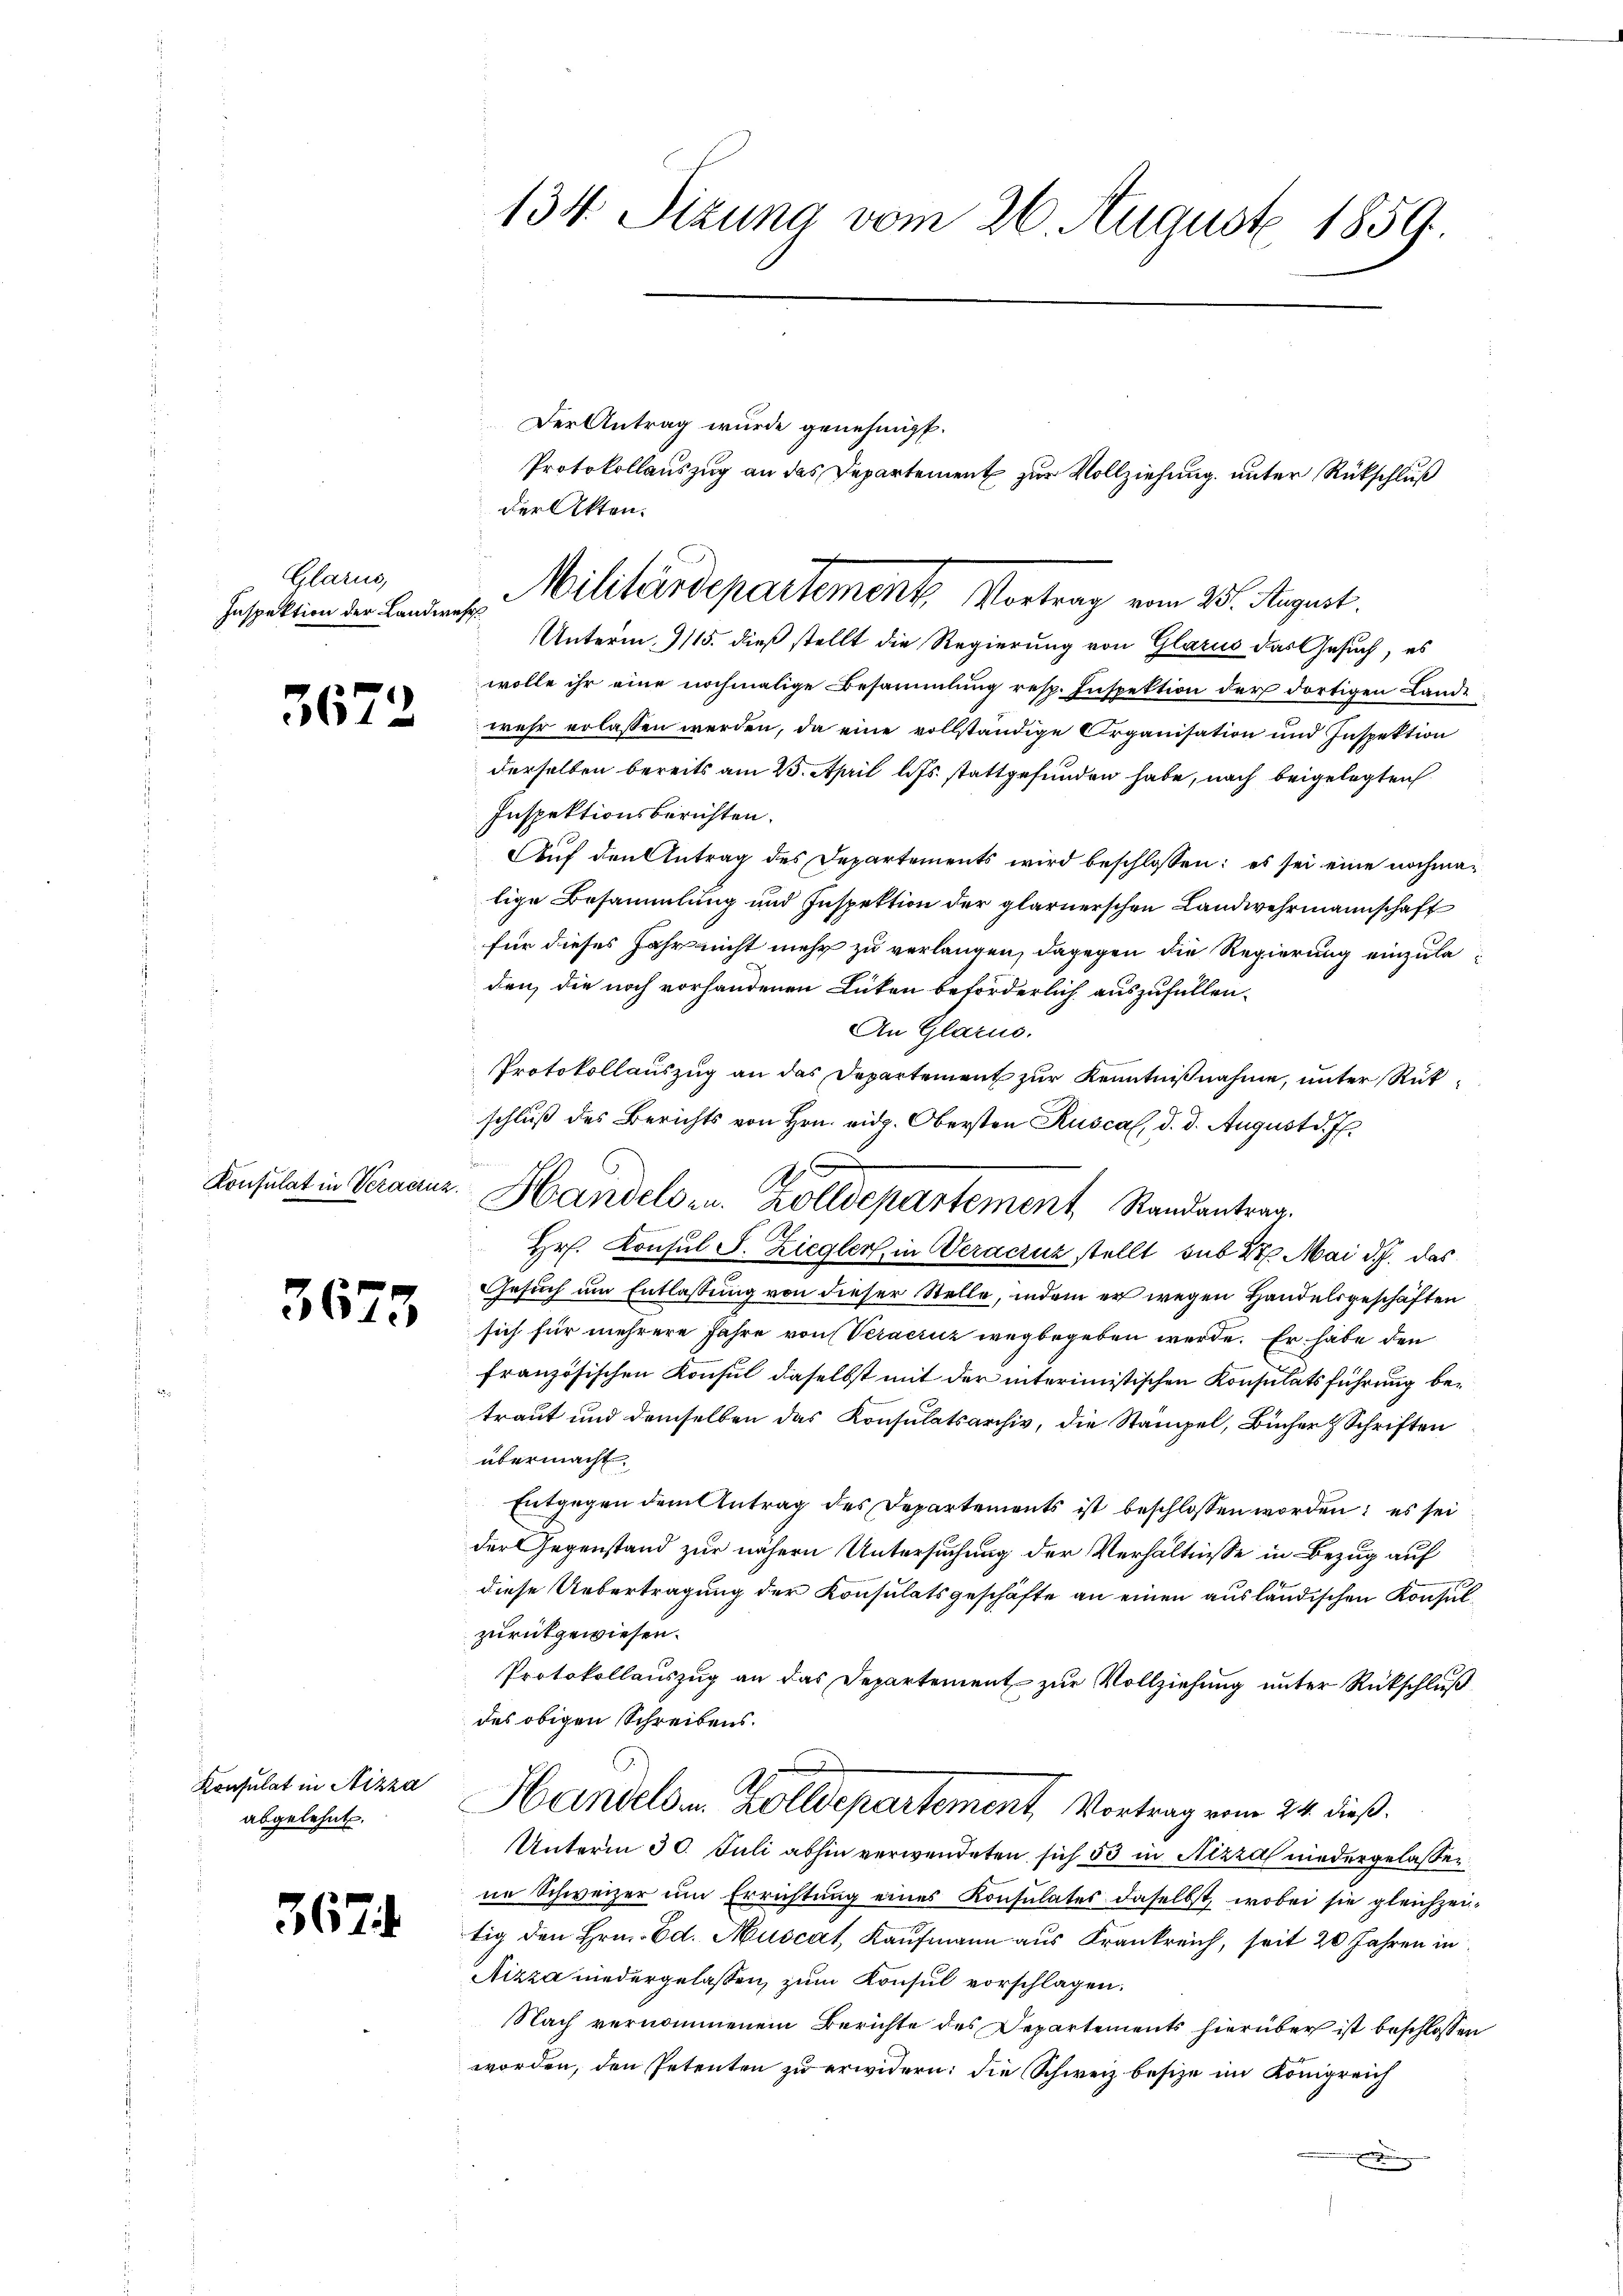
Glarus,
Inspektion der Landwehr

3672

Konsulat in Veraczuz.

3673

Konsulat in Nizza
abgelehnt.

367

134. Sizung vom 26. August 1859.

Der Antrag wurde genehmigt.
Protokollauszug an das Departement zur Vollziehung unter Rückschluß
der Akten.
Unterm. 1115. dieß stellt die Regierung von Glarus das Gesuch, es
wolle ihr eine nochmalige Besammlung resp. Inspektion der dortigen Lande
wehr erlassen werden, da eine vollständige Organisation und Inspektion
derselben bereits am 23. April l. Js. stattgefunden habe, nach beigelegten
Inspektionsberichten.
Auf den Antrag des Departements wird beschlossen: es sei eine nochmalige Besammlung und Inspektion der glarnerschen Landwehrmannschaft
für dieses Jahr nicht mehr zu verlangen, dagegen die Regierung einzuladen, die noch vorhandenen Lücken beförderlich auszufüllen.
An Glarus.
Protokollauszug an das Departement zur Kenntnißnahme, unter Rükschluß des Berichts von Hrn. eidg. Obersten Ruscal, d. d. August d. Js.
.
Hr. Konsul S. Ziegler, in Veracruz stellt sub 27. Mai d. J. das
Gesuch um Entlassung von dieser Stelle, indem er wegen Handelsgeschäften
sich für mehrere Jahre von Veracricz wegbegeben werde. Er habe den
französischen Konsul daselbst mit der interimistischen Konsulatsführung betraut und demselben das Konsulatsarchiv, die Stampel, Bücher & Schriften
übermacht.
Entgegen dem Antrag des Departements ist beschlossen worden; es sei
der Gegenstand zur nähern Untersuchung der Verhältnisse in Bezug auf

diese Uebertragung der Konsulatsgeschäfte an einen ausländischen Konsulzurückgewiesen.
Protokollauszug an das Departement zur Vollziehung unter Rückschluß
des obigen Schreibens.
d
Handels u. Zolldepartement, Vortrag vom 24. dieß.
Unterm 30. Juli abhin verwendeten sich 53 in Aizza niedergelassen,
ne Schweizer um Errichtung eines Konsulates daselbst, wobei sie gleichzeitig den Hrn. Ed. Muscat, Kaufmann aus Krankreich, seit 20 Jahren in
Nizza niedergelaßen, zum Konsul vorschlagen.
Nach vernommenem Berichte des Departements hierüber ist beschlossen
worden, den Petenten zu erwidern: die Schweiz besize im Königreich

Militärdepartement, Vortrag vom 25. August.

A.
Handelsen. Zolldepartement Randantrag.